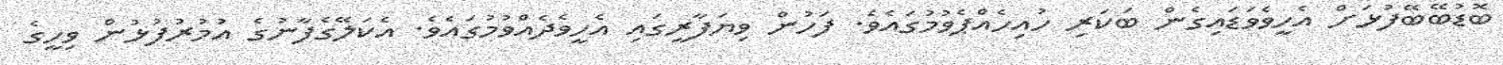
ބޮޑުބޭބޭފުޅަށް އެހީވެވަޑައިގެން ބަކަރި ހުއިހެއްޕެވުމުގައެވެ. ފަހުން ވިޔަފާރީގައި އެހީވެދެއްވުމުގައެވެ. އެކަލޭގެފާނުގެ އުމުރުފުޅުން ވިހީގެ